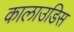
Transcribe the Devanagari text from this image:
कालाउडिस